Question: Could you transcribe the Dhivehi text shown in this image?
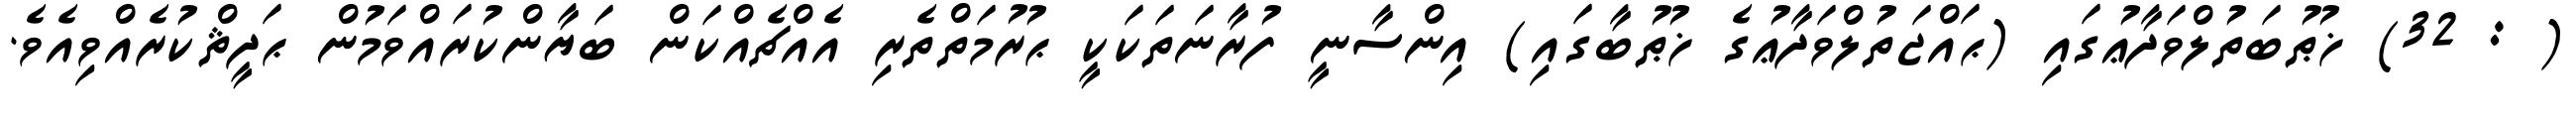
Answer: ( : 32) ޚުޠުބަތުލްވަދާޢުގައި (ޙައްޖަތުލްވަދާޢުގެ ޚުޠުބާގައި) އިންސާނީ ފުރާނަތަކަކީ ޙުރުމަތްތެރި އެއްޗެއްކަން ބަޔާންކުރައްވަމުން ޙަދީޘްކުރެއްވިއެވެ.